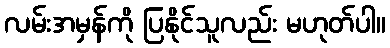
လမ်းအမှန်ကို ပြနိုင်သူလည်း မဟုတ်ပါ။